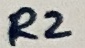
Text: R2